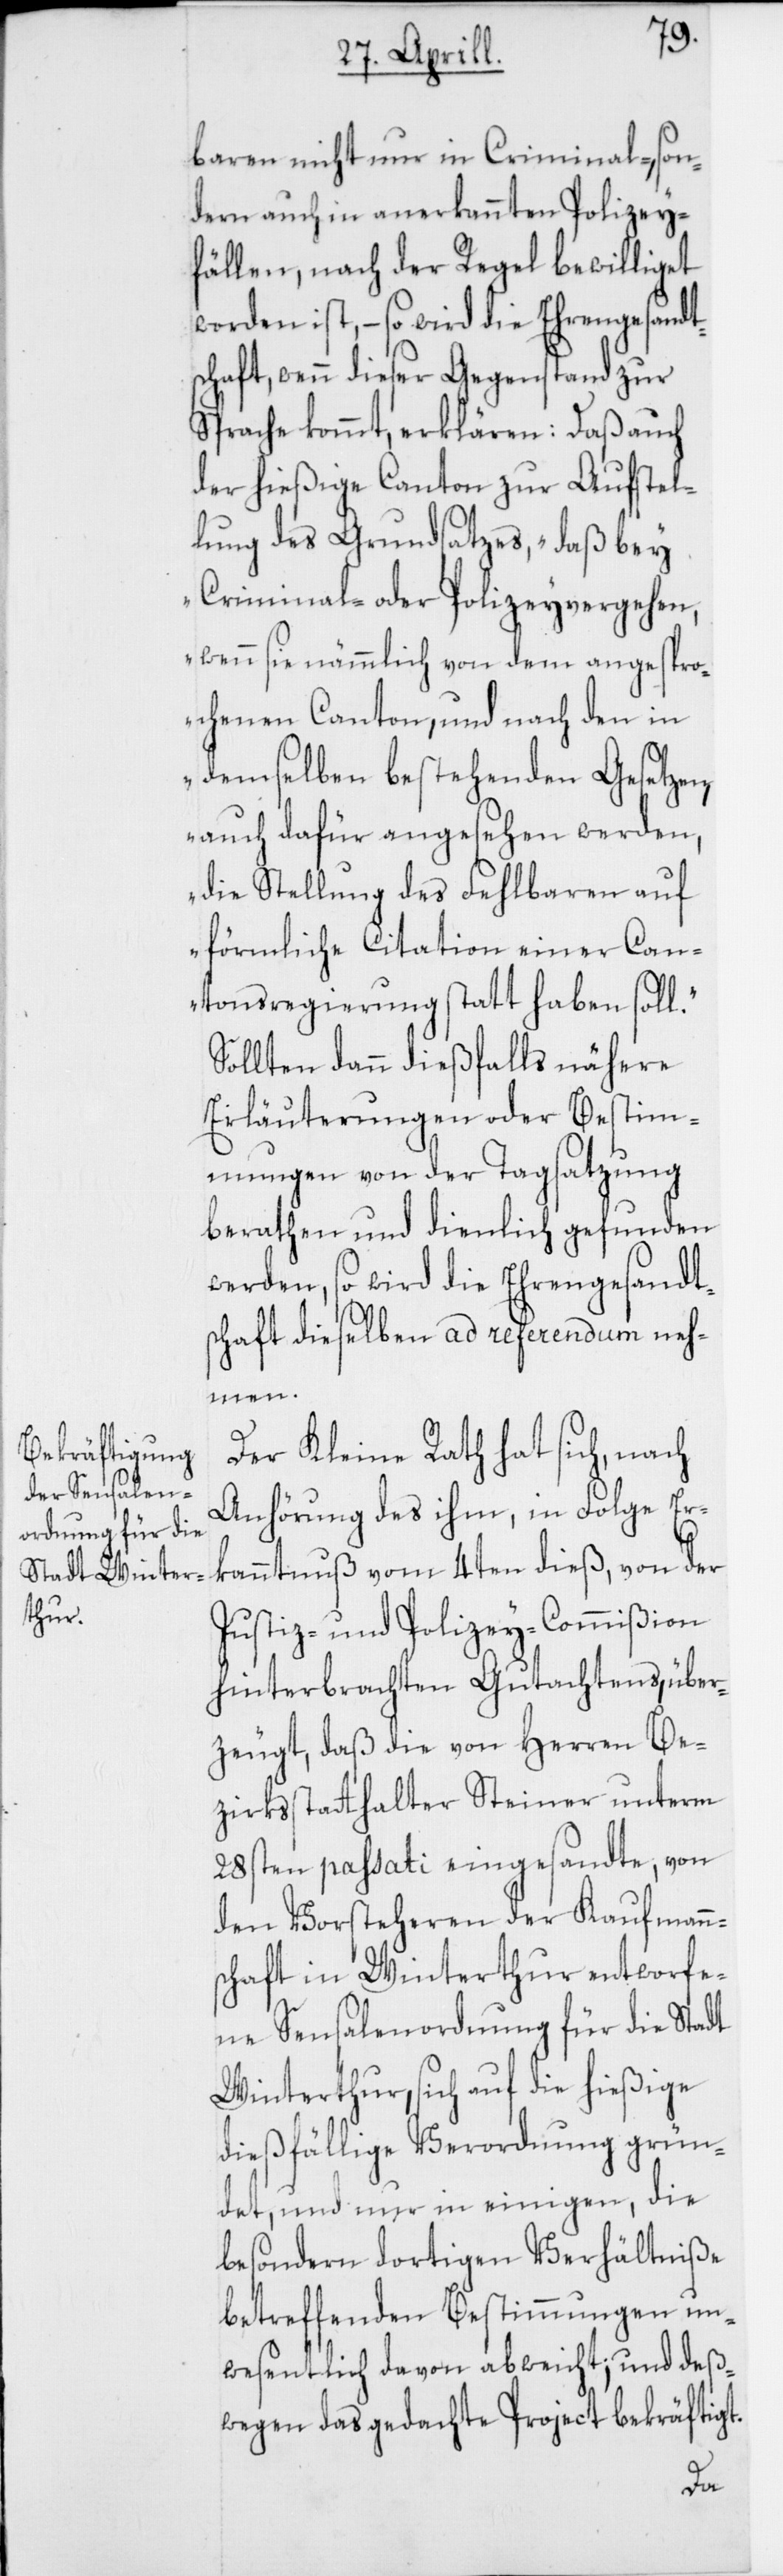
baren nicht nur in Criminal-, son¬
dern auch in anerkannten Polizey¬
fällen, nach der Regel bewilliget
worden ist, – so wird die Ehrengesandt¬
schaft, wenn dieser Gegenstand zur
Sprache kommt, erklären: Daß auch
der hießige Canton zur Aufstel¬
lung des Grundsatzes, „daß bey
Criminal- oder Polizeyvergehen,
wenn sie nämmlich von dem angespro¬
chenen Canton, und nach den in
demselben bestehenden Gesetzen,
auch dafür angesehen werden,
die Stellung des Fehlbaren auf
förmliche Citation einer Can¬
tonsregierung statt haben soll.“
Sollten dann dießfalls nähere
Erläuterungen oder Bestim¬
mungen von der Tagsatzung
berathen und dienlich gefunden
werden, so wird die Ehrengesandts¬
chaft dieselben ad referendum neh¬
men.
Der Kleine Rath hat sich, nach
Anhörung des ihm, in Folge Er¬
kanntnuß vom 4ten dieß, von der
Justiz- und Polizey-Commißion
hinterbrachten Gutachtens, über¬
zeugt, daß die von Herren Be¬
zirksstatthalter Steiner unterm
28sten passati eingesandte, von
den Vorsteheren der Kaufmann¬
schaft in Winterthur entworfe¬
ne Sensalenordnung für die Stadt
Winterthur, sich auf die hießige
dießfällige Verordnung grün¬
det, und nur in einigen, die
besondern dortigen Verhältniße
betreffenden Bestimmungen un¬
wesentlich davon abweicht; und deß¬
wegen das gedachte Project bekräftigt.